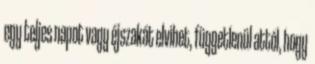
egy teljes napot vagy éjszakát elvihet, függetlenül attól, hogy